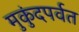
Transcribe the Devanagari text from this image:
मुकुंदपर्वत